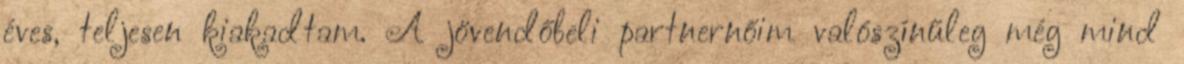
éves, teljesen kiakadtam. A jövendőbeli partnernőim valószínűleg még mind